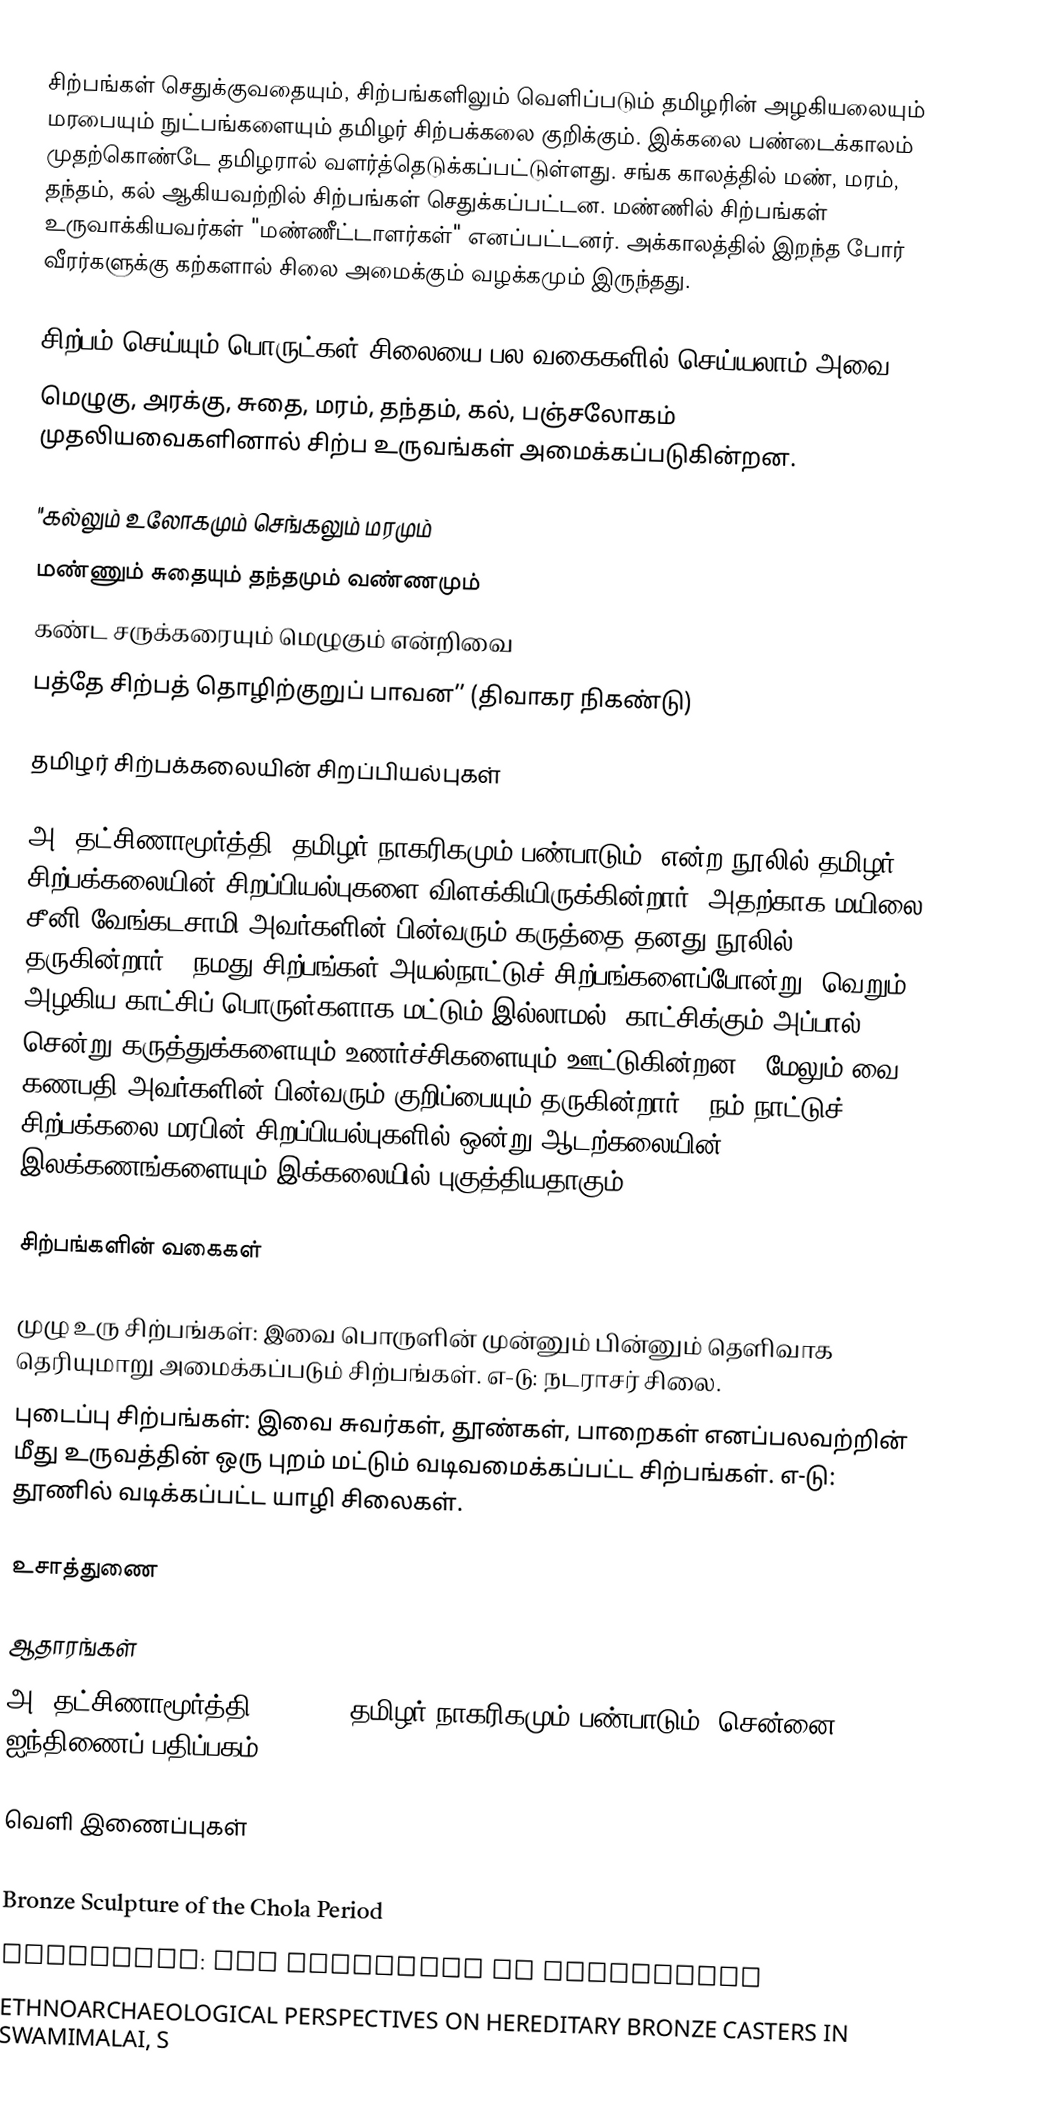
சிற்பங்கள் செதுக்குவதையும், சிற்பங்களிலும் வெளிப்படும் தமிழரின் அழகியலையும் மரபையும் நுட்பங்களையும் தமிழர்   சிற்பக்கலை குறிக்கும்.  இக்கலை பண்டைக்காலம் முதற்கொண்டே தமிழரால் வளர்த்தெடுக்கப்பட்டுள்ளது.  சங்க காலத்தில் மண், மரம், தந்தம், கல் ஆகியவற்றில் சிற்பங்கள் செதுக்கப்பட்டன.  மண்ணில் சிற்பங்கள் உருவாக்கியவர்கள் "மண்ணீட்டாளர்கள்" எனப்பட்டனர்.  அக்காலத்தில் இறந்த போர் வீரர்களுக்கு கற்களால் சிலை அமைக்கும் வழக்கமும் இருந்தது.

சிற்பம் செய்யும் பொருட்கள்(சிலையை பல வகைகளில் செய்யலாம் அவை ):
மெழுகு, அரக்கு, சுதை, மரம், தந்தம், கல், பஞ்சலோகம் முதலியவைகளினால் சிற்ப உருவங்கள் அமைக்கப்படுகின்றன.

"கல்லும் உலோகமும் செங்கலும் மரமும்
மண்ணும் சுதையும் தந்தமும் வண்ணமும்
கண்ட சருக்கரையும் மெழுகும் என்றிவை
பத்தே சிற்பத் தொழிற்குறுப் பாவன’’ (திவாகர நிகண்டு)

தமிழர் சிற்பக்கலையின் சிறப்பியல்புகள்

அ. தட்சிணாமூர்த்தி "தமிழர் நாகரிகமும் பண்பாடும்" என்ற நூலில் தமிழர் சிற்பக்கலையின் சிறப்பியல்புகளை விளக்கியிருக்கின்றார்.  அதற்காக மயிலை சீனி வேங்கடசாமி அவர்களின் பின்வரும் கருத்தை தனது நூலில் தருகின்றார்.  "நமது சிற்பங்கள் அயல்நாட்டுச் சிற்பங்களைப்போன்று, வெறும் அழகிய காட்சிப் பொருள்களாக மட்டும் இல்லாமல், காட்சிக்கும் அப்பால் சென்று கருத்துக்களையும் உணர்ச்சிகளையும் ஊட்டுகின்றன."  மேலும் வை. கணபதி அவர்களின் பின்வரும் குறிப்பையும் தருகின்றார்.  "நம் நாட்டுச் சிற்பக்கலை மரபின் சிறப்பியல்புகளில் ஒன்று ஆடற்கலையின் இலக்கணங்களையும் இக்கலையில் புகுத்தியதாகும்."

சிற்பங்களின் வகைகள்

 முழு உரு சிற்பங்கள்: இவை பொருளின் முன்னும் பின்னும் தெளிவாக தெரியுமாறு அமைக்கப்படும் சிற்பங்கள். எ-டு: நடராசர் சிலை.
 புடைப்பு சிற்பங்கள்: இவை சுவர்கள், தூண்கள், பாறைகள் எனப்பலவற்றின் மீது உருவத்தின் ஒரு புறம் மட்டும் வடிவமைக்கப்பட்ட சிற்பங்கள். எ-டு: தூணில் வடிக்கப்பட்ட யாழி சிலைகள்.

உசாத்துணை

ஆதாரங்கள்
 அ. தட்சிணாமூர்த்தி. (1994). தமிழர் நாகரிகமும் பண்பாடும். சென்னை: ஐந்திணைப் பதிப்பகம்.

வெளி இணைப்புகள்
 https://tamilnation.org/culture/cholabronze.htm
 Bronze Sculpture of the Chola Period
 SCULPTURE: The Pleasures of Profundity
 ETHNOARCHAEOLOGICAL PERSPECTIVES ON HEREDITARY BRONZE CASTERS IN SWAMIMALAI, S